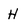
Character: H